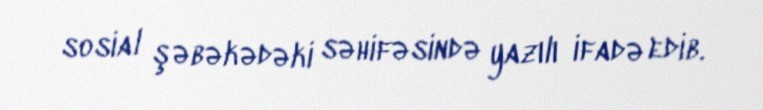
sosial şəbəkədəki səhifəsində yazılı ifadə edib.